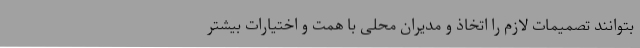
بتوانند تصمیمات لازم را اتخاذ و مدیران محلی با همت و اختیارات بیشتر